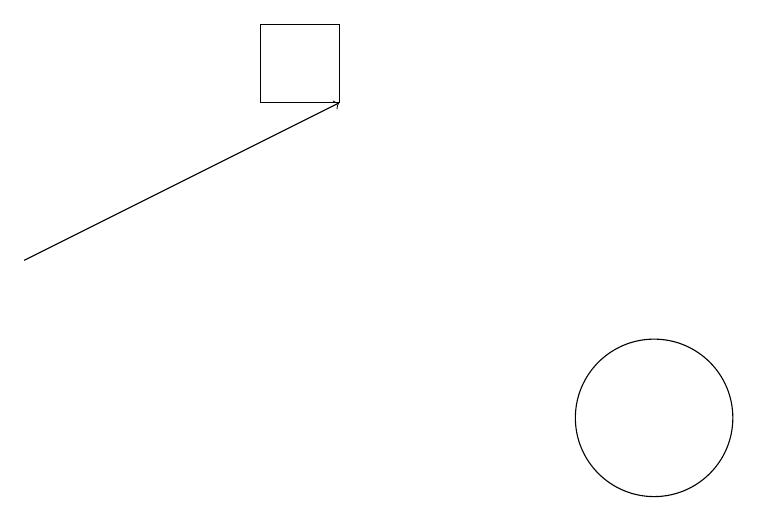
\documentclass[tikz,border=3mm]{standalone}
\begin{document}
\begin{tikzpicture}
\draw[->] (2,13) -- (6,15);
\draw (5,15) rectangle (6,16);
\draw (10,11) circle (1);
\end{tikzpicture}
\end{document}